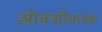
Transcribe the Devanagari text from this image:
ऑक्सीकरक